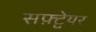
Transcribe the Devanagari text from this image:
सफ़्ट्वेयर